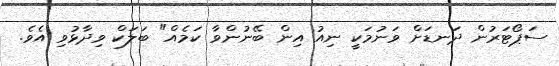
ސަޕޯޓަރުން ދަނޑަށް ވަނުމަކީ ނިއު އިން ބޭނުންވާ ކަމެއް" ބަލަކް ވިދާޅުވި އެވެ.